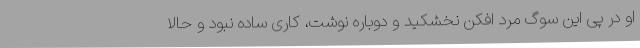
او در پی این سوگ مرد افکن نخشکید و دوباره نوشت، کاری ساده نبود و حالا